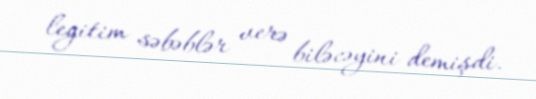
legitim səbəblər verə biləcəyini demişdi.